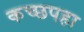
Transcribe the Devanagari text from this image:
कच्छपहा